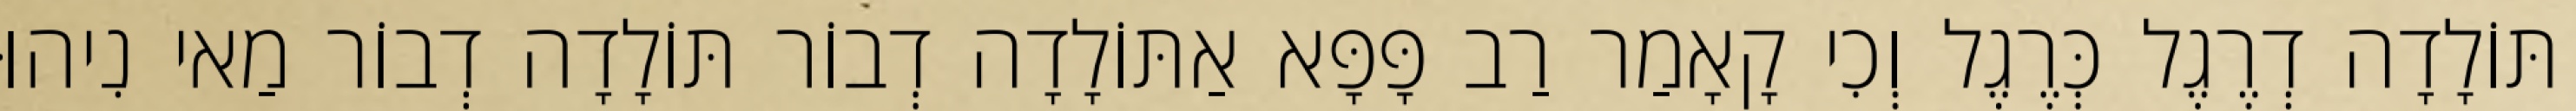
תּוֹלָדָה דְרֶגֶל כְּרֶגֶל וְכִי קָאָמַר רַב פָּפָּא אַתּוֹלָדָה דְבוֹר תּוֹלָדָה דְבוֹר מַאי נִיהוּ